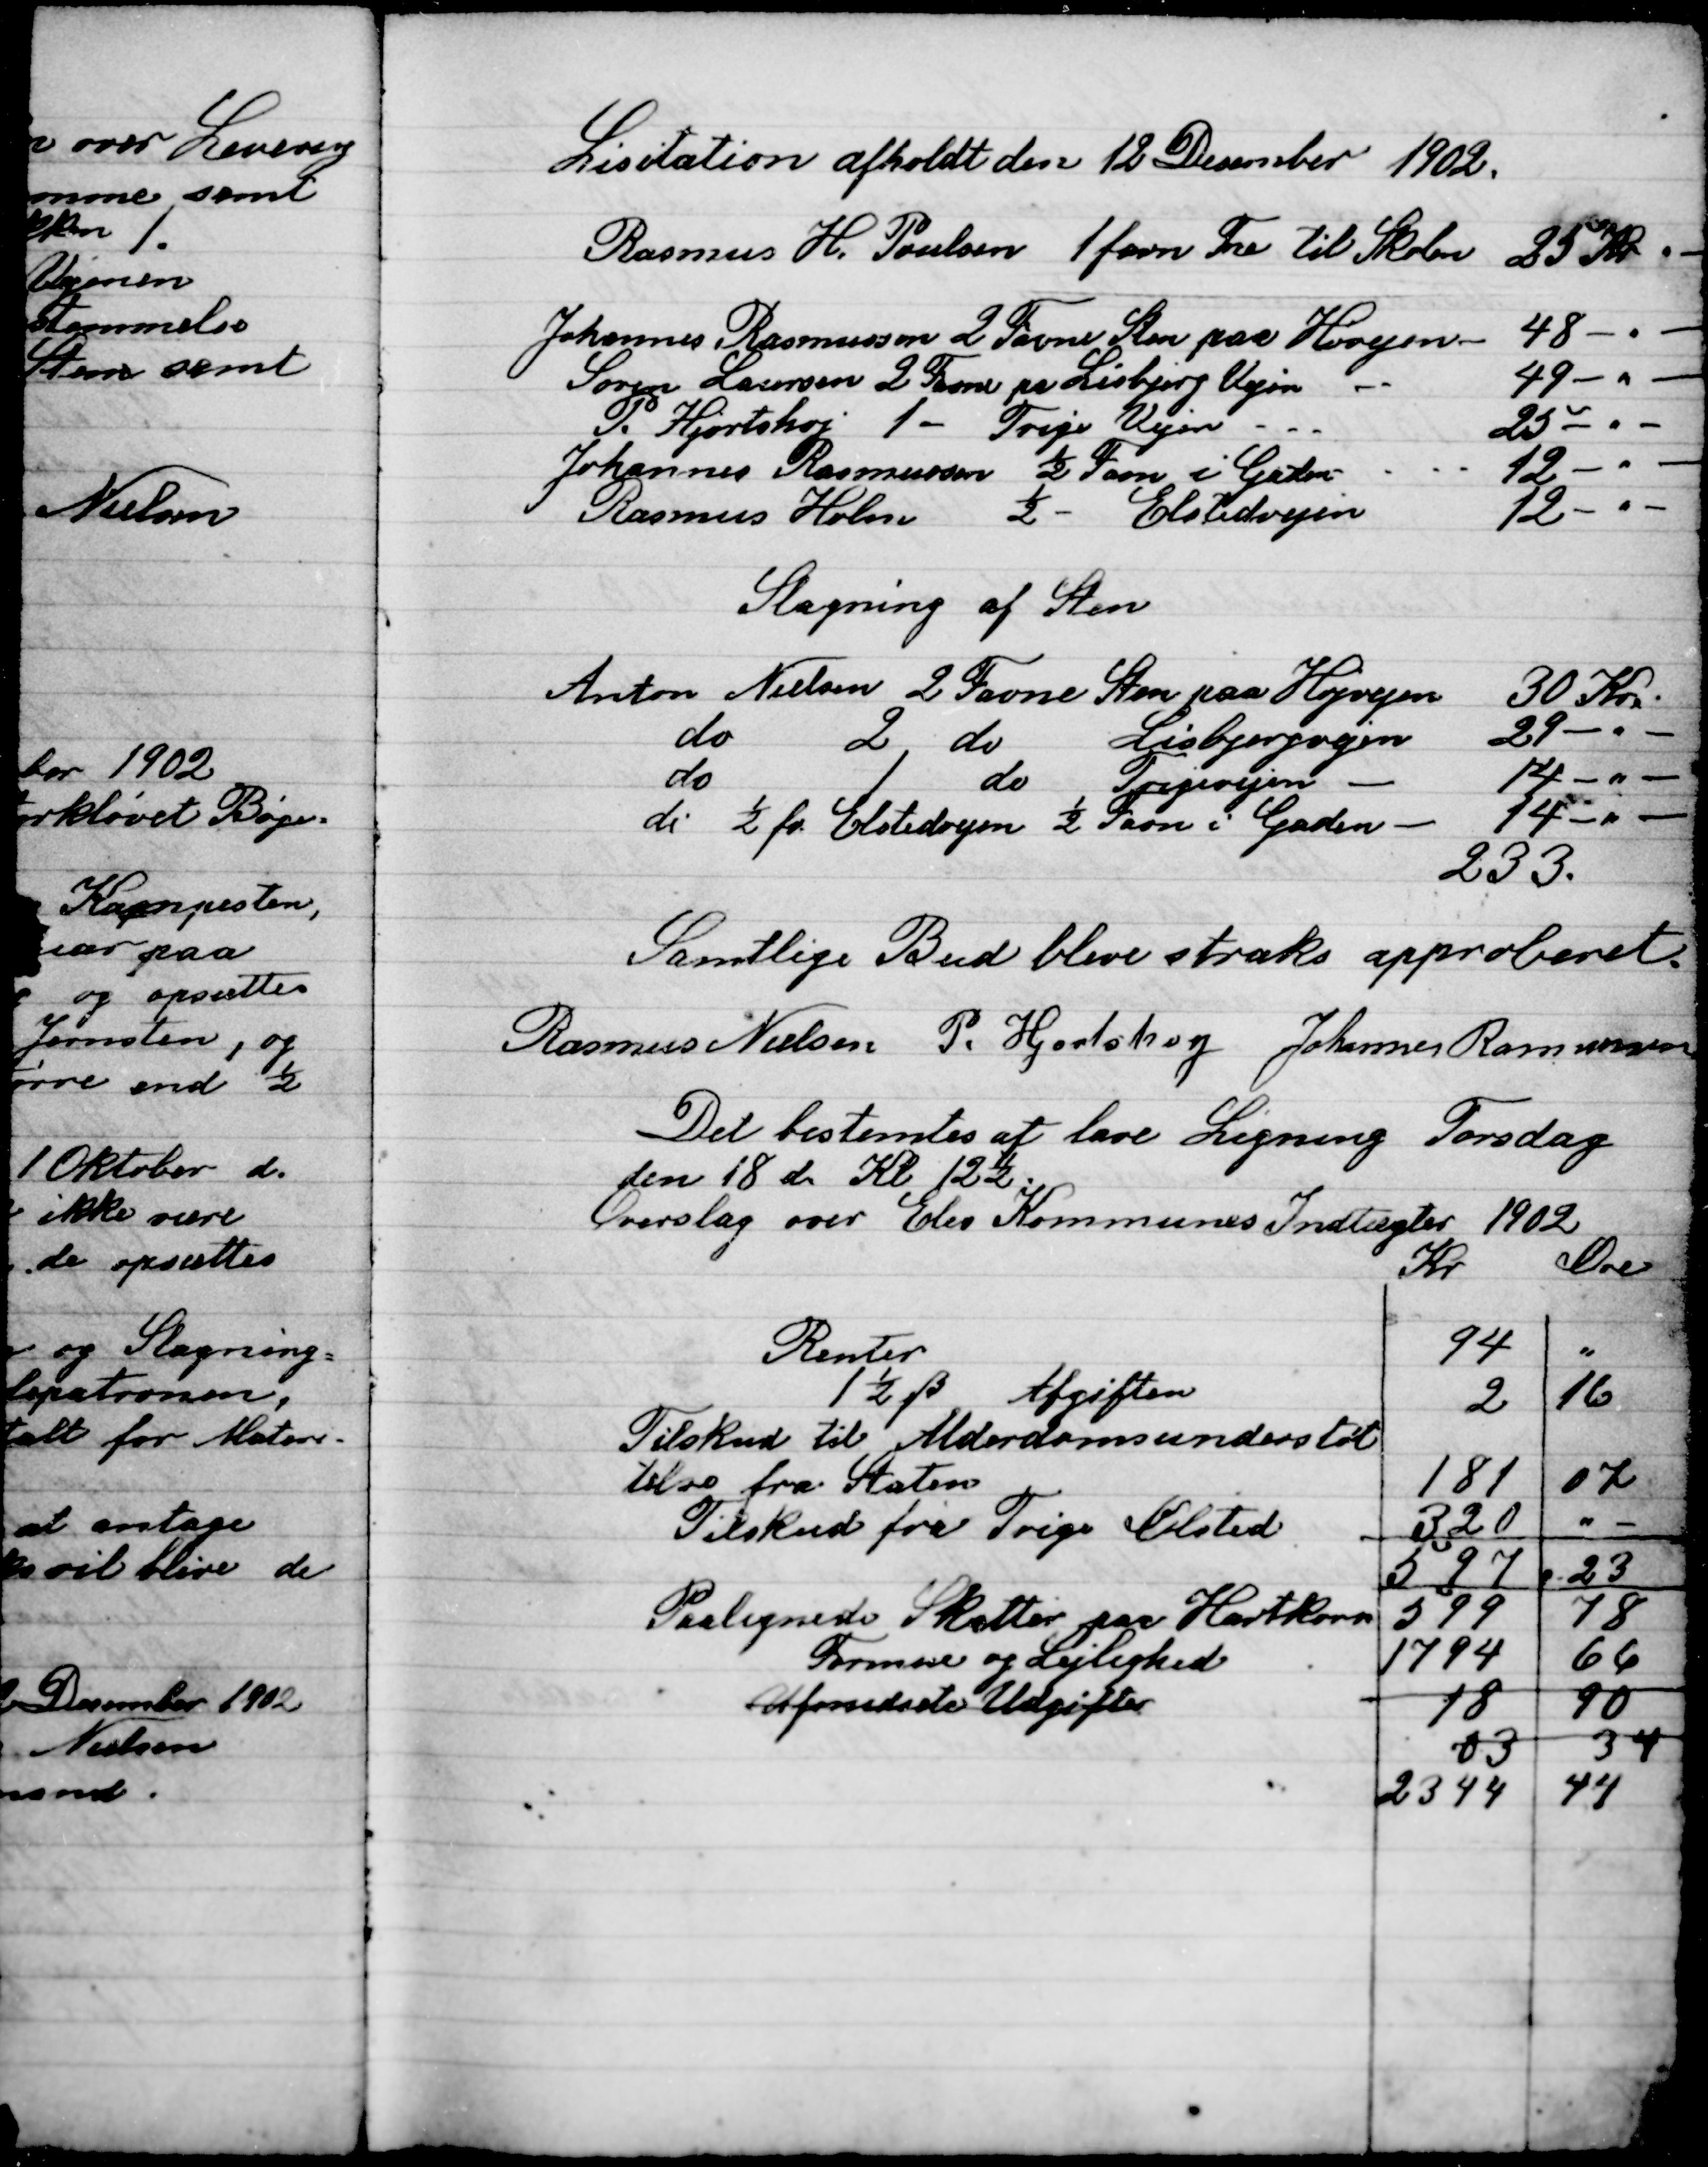
Transskription:
Licitation afholdt den 12 December 1902

Slagning af Sten

Samtlige Bud blev straks approberet.

Rasmus Nielsen
P. Hjortshøj
Johannes Rasmussen

Det bestemtes at lave Ligning Torsdag
den 18 d. Kl. 12½.
Overslag over Elev Kommunens Indtægter 1902